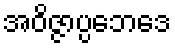
အဝိဇ္ဇာပ္ပဘေဒေ